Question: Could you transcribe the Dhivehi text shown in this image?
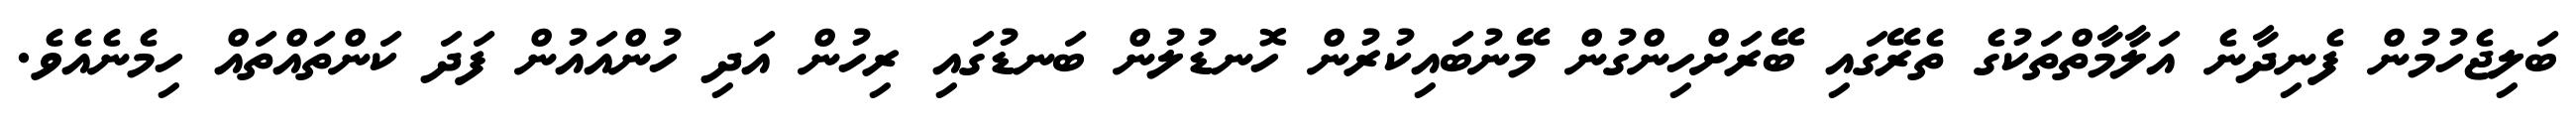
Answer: ބަލިޖެހުމުން ފެނިދާނެ އަލާމާތްތަކުގެ ތެރޭގައި ބޭރަށްހިންގުން މޭނުބައިކުރުން ހޮނޑުލުން ބަނޑުގައި ރިހުން އަދި ހުންއައުން ފަދަ ކަންތައްތައް ހިމެނެއެވެ.